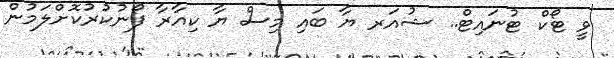
ވީ ޓޯކް ޓުނައިޓް.. ޝުއަރ ޔާ ބައި މިސް ޔާ ކިއާރާ ފޯނުކުރުކޮށްލަމުން